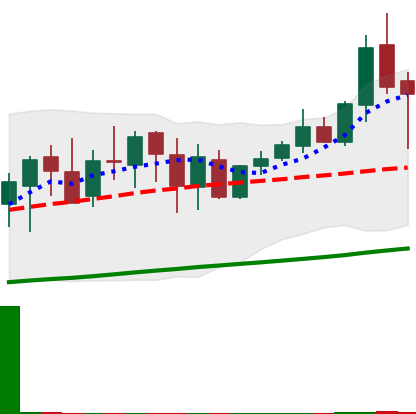
Ticker: XMR-USD
Chart end date: 2020-10-02
Forward return: 8.134%
Label: up_7plus